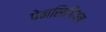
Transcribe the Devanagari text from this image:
पेनसिलियम